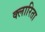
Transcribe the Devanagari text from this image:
क्लारिता